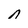
Character: n